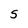
Character: S